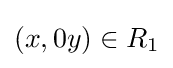
(x,0y)\in R_{1}